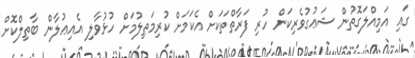
ގައި އަމިއްލަގޮތުން ޝަޢުގުވެރިކަން ހުރި ފަރާތްތަކަށް އެކަމަށް ކުރިމަތިލުމަށް ހުޅުވާލި އެއިޢުލާން ބާތިލްކޮށް